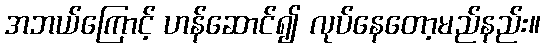
အဘယ်ကြောင့် ဟန်ဆောင်၍ လုပ်နေတော့မည်နည်း။